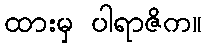
ထားမှ ပါရာဇိက။